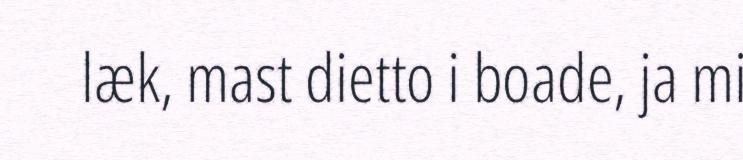
læk, mast dietto i boade, ja mi